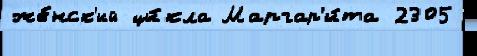
же́нск'ий ци́кла Маргар'и́та 2305